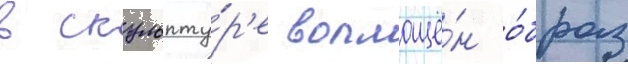
В скульпту́р'е воплощё́н о́браз